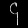
Digit: ၄